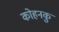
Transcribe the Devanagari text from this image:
कोहनकु